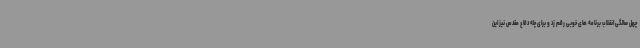
چهل سالگی انقلاب برنامه های خوبی رقم زد و برای چله دفاع مقدس نیز این